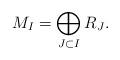
LaTeX: \begin{align*}M_I = \bigoplus_{J\subset I} R_J.\end{align*}